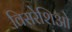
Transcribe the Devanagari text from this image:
विसरेशिओ